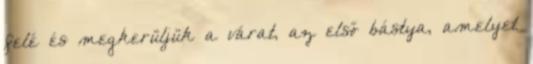
felé és megkerüljük a várat, az első bástya, amelyet